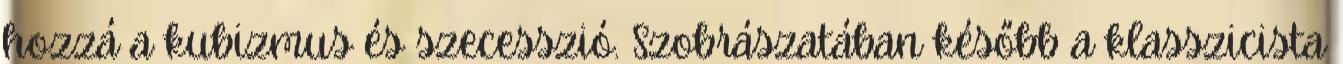
hozzá a kubizmus és szecesszió. Szobrászatában később a klasszicista